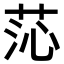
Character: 𦯹